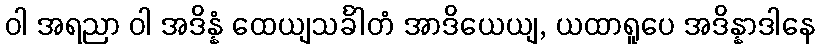
ဝါ အရညာ ဝါ အဒိန္နံ ထေယျသင်္ခါတံ အာဒိယေယျ, ယထာရူပေ အဒိန္နာဒါနေ